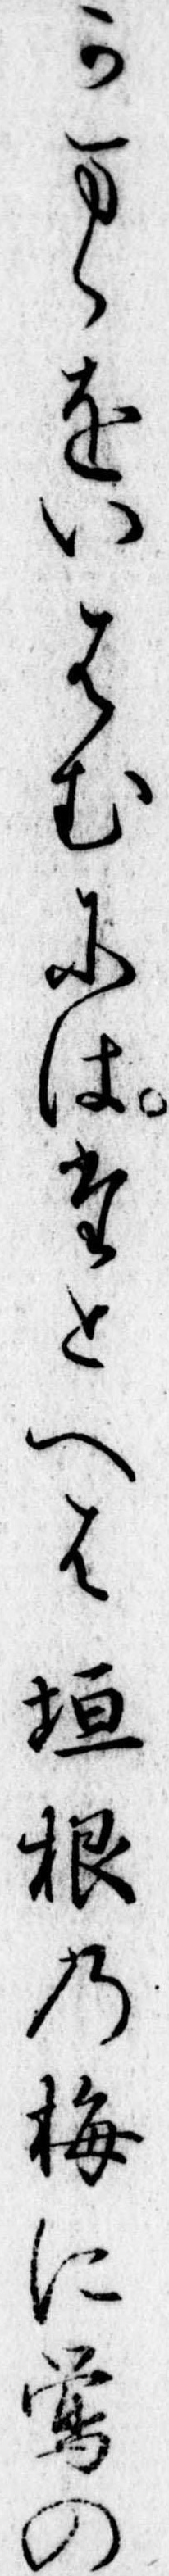
かまゝをいはむにはたとへは垣根の梅に鴬の